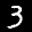
Label: 3